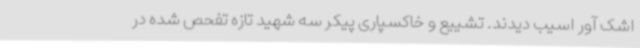
اشک آور اسیب دیدند. تشییع و خاکسپاری پیکر سه شهید تازه تفحص شده در